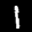
Label: 1